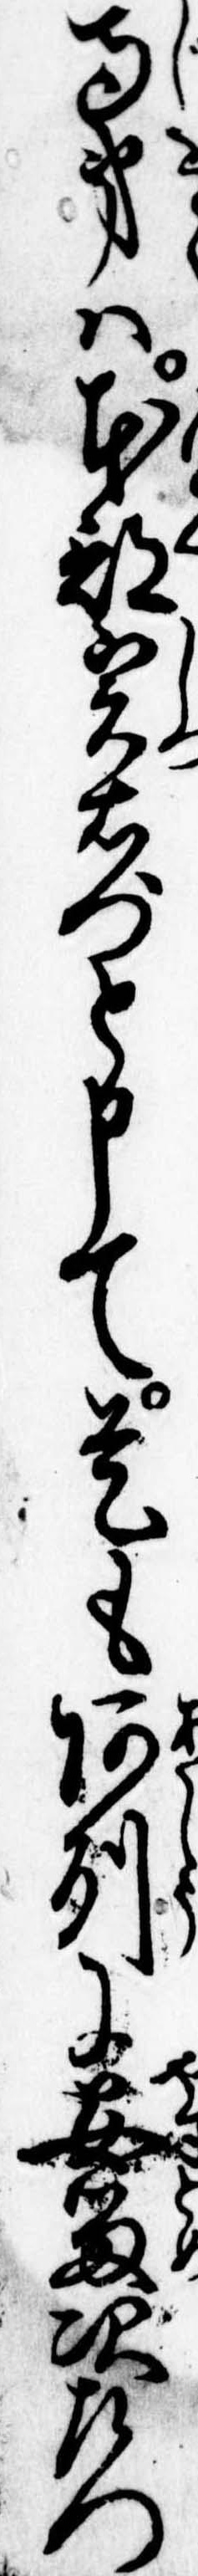
寺弟は本部実右門と申て是も阿州に安留次左門